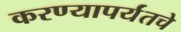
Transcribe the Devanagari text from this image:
करण्यापर्यंतचे